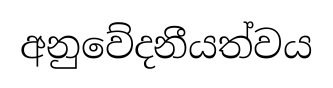
අනුවේදනීයත්වය